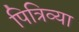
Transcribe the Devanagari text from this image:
पित्रिव्या